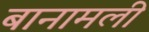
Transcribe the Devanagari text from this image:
बानामली